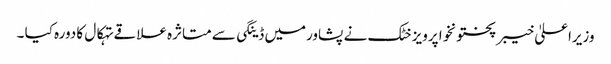
وزیراعلیٰ خیبر پختونخوا پرویز خٹک نے پشاورمیں ڈینگی سے متاثرہ علاقے تہکال کا دورہ کیا ۔